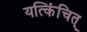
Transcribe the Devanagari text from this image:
यत्किंचित्‌